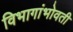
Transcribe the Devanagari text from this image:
विभागांभोवती